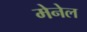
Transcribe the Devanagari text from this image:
मेनेल